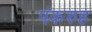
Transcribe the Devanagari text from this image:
पंकरुह